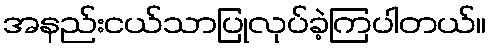
အနည်းငယ်သာပြုလုပ်ခဲ့ကြပါတယ်။